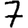
Digit: 7